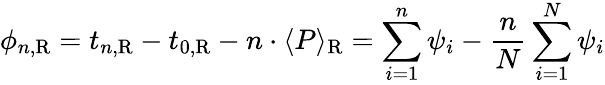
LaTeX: \phi_{n,{\mathrm R}}=t_{n,\mathrm R}-t_{0,\mathrm R}-n\cdot\langle P\rangle_{\mathrm R}=\sum_{i=1}^{n}\psi_{i}-{\frac{n}{N}}\sum_{i=1}^{N}\psi_{i}